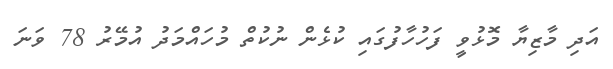
އަދި މާޒިޔާ މޮޅުވީ ފަހުހާފުގައި ކުޅެން ނުކުތް މުހައްމަދު އުމޭރު 78 ވަނަ